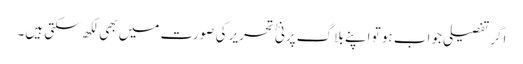
اگرتفصیلی جواب ہو تو اپنے بلاگ پر نئٰ تحریر کی صورت میں بھی لکھ سکتی ہیں۔